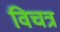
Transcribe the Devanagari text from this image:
विचत्र